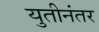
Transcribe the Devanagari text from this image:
युतीनंतर